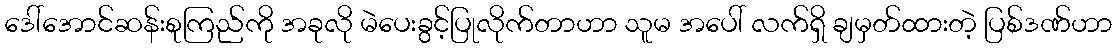
ဒေါ်အောင်ဆန်းစုကြည်ကို အခုလို မဲပေးခွင့်ပြုလိုက်တာဟာ သူမ အပေါ် လက်ရှိ ချမှတ်ထားတဲ့ ပြစ်ဒဏ်ဟာ